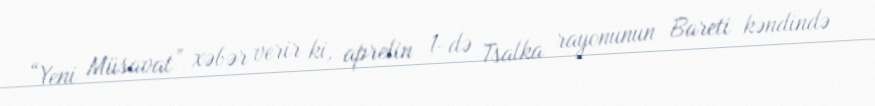
“Yeni Müsavat” xəbər verir ki, aprelin 1-də Tsalka rayonunun Bareti kəndində